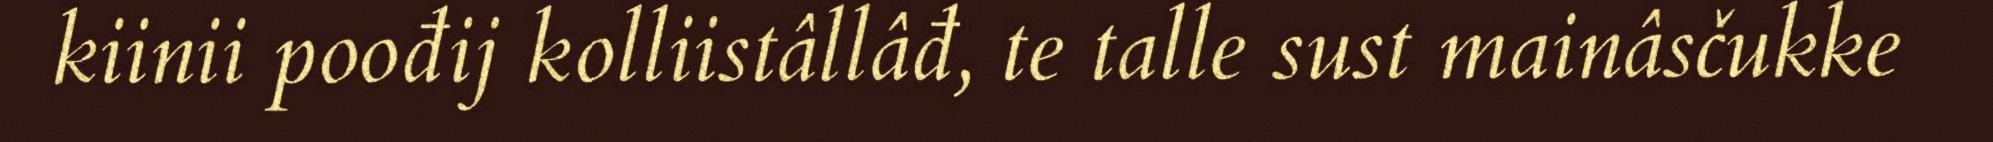
kiinii poođij kolliistâllâđ, te talle sust mainâsčukke